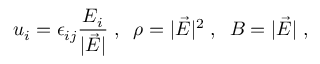
u _ { i } = \epsilon _ { i j } \frac { E _ { i } } { | \vec { E } | } \; , \; \; \rho = | \vec { E } | ^ { 2 } \; , \; \; B = | \vec { E } | \; ,